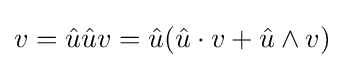
v={\hat {u}}{\hat {u}}v={\hat {u}}({\hat {u}}\cdot v+{\hat {u}}\wedge v)